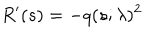
R ^ { \prime } ( s ) = - q ( s ; \lambda ) ^ { 2 }